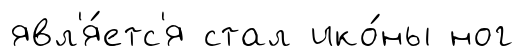
явл'я́етс'я стал ико́ны ног